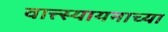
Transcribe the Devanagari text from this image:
वात्त्स्यायनाच्या